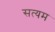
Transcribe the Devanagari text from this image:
सत्यम